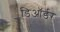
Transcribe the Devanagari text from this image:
डिऑर्डर